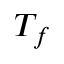
T _ { f }